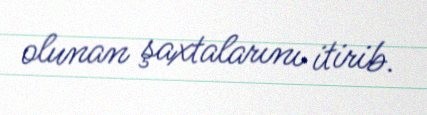
olunan şaxtalarını itirib.